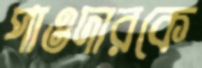
পাওদারকে